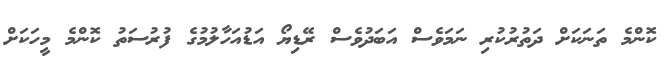
ކޮންމެ ތަނަކަށް ދަތުރުކުރި ނަމަވެސް އަބަދުވެސް ރޭޑިޔޯ އަޑުއަހާލުމުގެ ފުރުސަތު ކޮންމެ މީހަކަށް